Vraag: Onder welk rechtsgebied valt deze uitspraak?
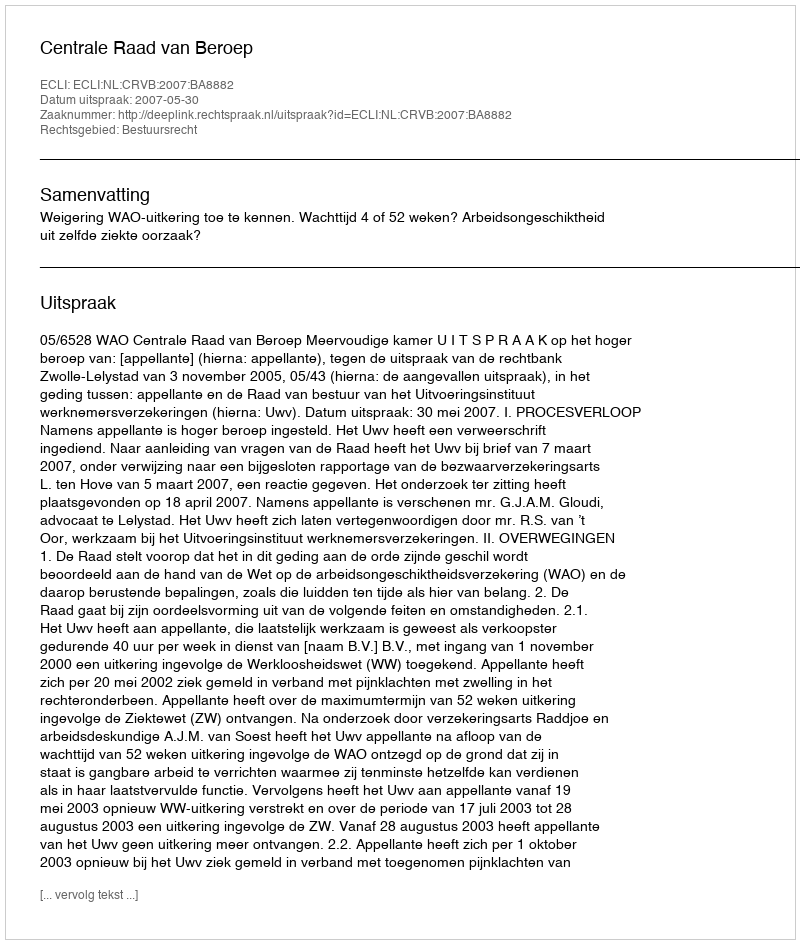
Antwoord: Bestuursrecht